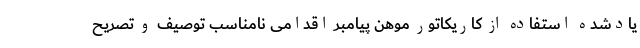
یادشده استفاده از کاریکاتور موهن پیامبر اقدامی نامناسب توصیف و تصریح